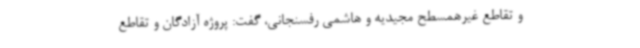
و تقاطع غیرهمسطح مجیدیه و هاشمی رفسنجانی، گفت: پروژه آزادگان و تقاطع